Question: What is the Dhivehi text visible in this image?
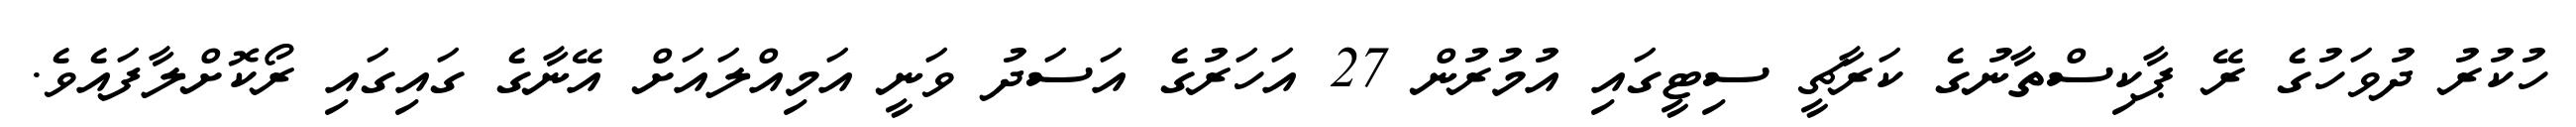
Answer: ހުކުރު ދުވަހުގެ ރޭ ޕާކިސްތާނުގެ ކަރާޗީ ސިޓީގައި އުމުރުން 27 އަހަރުގެ އަސަދު ވަނީ އަމިއްލައަށް އޭނާގެ ގައިގައި ރޯކޮށްލާފައެވެ.